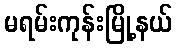
မရမ်းကုန်းမြို့နယ်